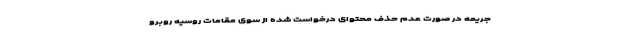
جریمه در صورت عدم حذف محتوای درخواست شده از سوی مقامات روسیه روبرو